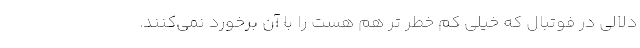
دلالی در فوتبال که خیلی کم خطر تر هم هست را با آن برخورد نمی‌کنند.